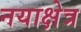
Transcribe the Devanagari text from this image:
नयाक्षेत्र